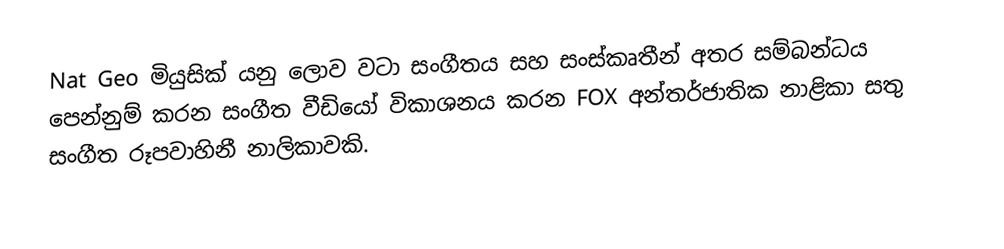
Nat Geo මියුසික් යනු ලොව වටා සංගීතය සහ සංස්කෘතීන් අතර සම්බන්ධය පෙන්නුම් කරන සංගීත වීඩියෝ විකාශනය කරන FOX අන්තර්ජාතික නාළිකා සතු සංගීත රූපවාහිනී නාලිකාවකි.